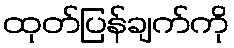
ထုတ်ပြန်ချက်ကို